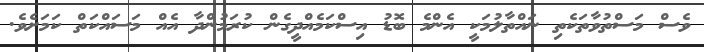
ވެސް މަސްތުވާތަކެތި ނައްތާލުމަކީ އެންމެ ބޮޑު އިސްކަމެއްދީގެން ކުރަމުންދާ އެއް މަސައްކަތް ކަމަށެވެ.